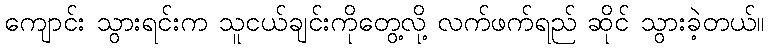
ကျောင်း သွားရင်းက သူငယ်ချင်းကိုတွေ့လို့ လက်ဖက်ရည် ဆိုင် သွားခဲ့တယ်။